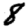
Digit: 8